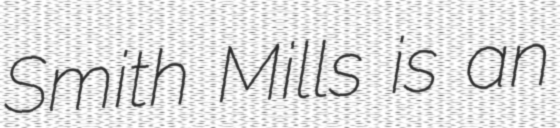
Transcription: Smith Mills is an